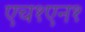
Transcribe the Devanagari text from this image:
एच१एन१